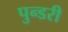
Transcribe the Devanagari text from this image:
पुन्डरी